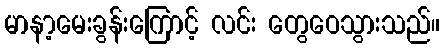
မာနာ့မေးခွန်းကြောင့် လင်း တွေဝေသွားသည်။